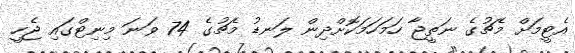
އެޓީމަށް މެޗުގެ ނަތީޖާ ހަމަހަމަކޮށްދިން ލަނޑު މެޗުގެ 74 ވަނަ މިނިޓްގައި ޖެހީ